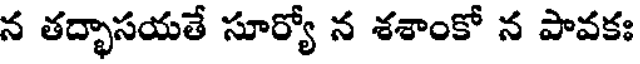
న తద్భాసయతే సూర్యో న శశాంకో న పావకః